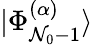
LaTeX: |\Phi_{\mathcal{N}_{0}-1}^{(\alpha)}\rangle